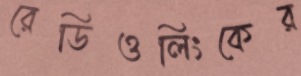
রেডিওলিংকের